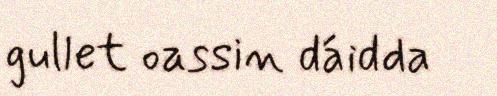
gullet oassin dáidda